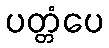
ပတ္တံပေ